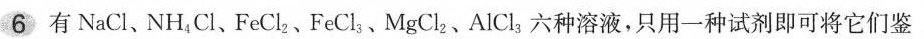
6有NaCl、NH_{4}Cl、FeCl_{2}、FeCl_{3}、MgCl_{2}、AlCl_{3}六种溶液，只用一种试剂即可将它们鉴